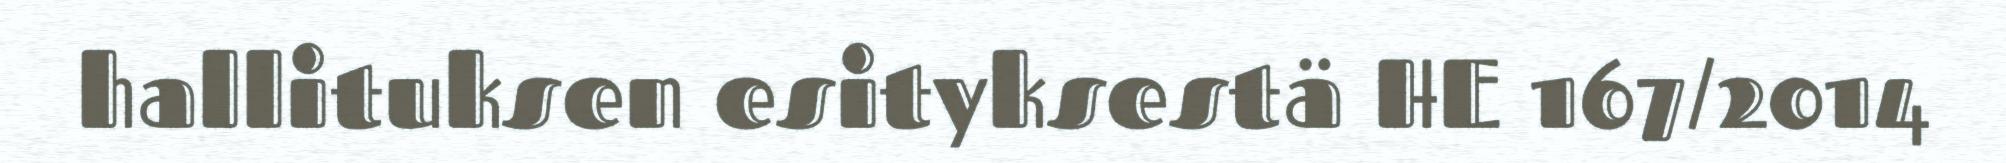
hallituksen esityksestä HE 167/2014